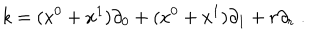
LaTeX: k = ( x ^ { 0 } + x ^ { 1 } ) \partial _ { 0 } + ( x ^ { 0 } + x ^ { 1 } ) \partial _ { 1 } + r \partial _ { r } \; .